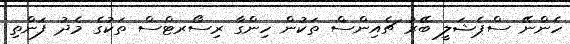
ހެންނޭ ސްޕެޝަލީ ބޭރު ޗެއިންސް ތަކުން ހިންގާ ރިސޯރޓްސް ތަކުގެ މެދު ފަންތި